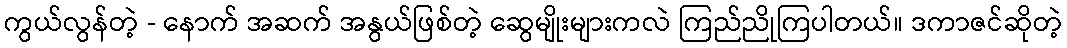
ကွယ်လွန်တဲ့ - နောက် အဆက် အနွယ်ဖြစ်တဲ့ ဆွေမျိုးများကလဲ ကြည်ညိုကြပါတယ်။ ဒကာဇင်ဆိုတဲ့